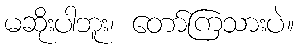
မဆိုးပါဘူး၊ တော်ကြသားပဲ။